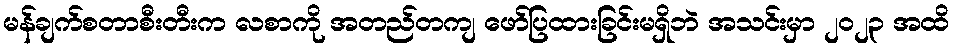
မန်ချက်စတာစီးတီးက လစာကို အတည်တကျ ဖော်ပြထားခြင်းမရှိဘဲ အသင်းမှာ ၂၀၂၃ အထိ